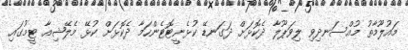
މައުލޫމާތު މުއްސަނދިވި ލިވަޕޫލާ ދެކޮޅަށް ދަގަނޑޭ ކުޅެނީޓޮޓެންހަމާ ދެކޮޅަށް ކުޅޭ މެލޭޝިއާ ޓީމުގައި